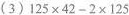
（3）$$125\times 42－2\times 125$$